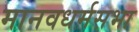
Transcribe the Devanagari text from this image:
मानवधर्मसभा